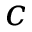
c